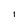
Character: I